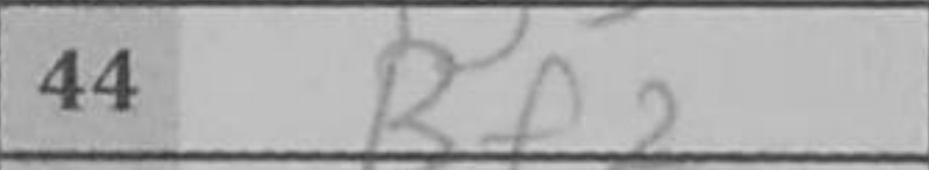
Transcription: Bf2